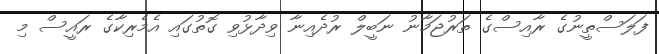
ފަލަސްތީނުގެ ރާއިސްގެ ތަރުޖަމާނު ނަބީލް ރުދެއިނާ ވިދާޅުވި ގޮތުގައި އެމެރިކާގެ ރައީސް މި